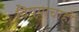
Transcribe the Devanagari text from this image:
विषयाचाही